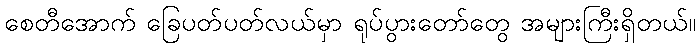
စေတီအောက် ခြေပတ်ပတ်လယ်မှာ ရုပ်ပွားတော်တွေ အများကြီးရှိတယ်။